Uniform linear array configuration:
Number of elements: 24
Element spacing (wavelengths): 1
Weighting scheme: blackman
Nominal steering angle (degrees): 15
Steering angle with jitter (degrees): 16.706
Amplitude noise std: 0.05
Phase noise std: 0.05

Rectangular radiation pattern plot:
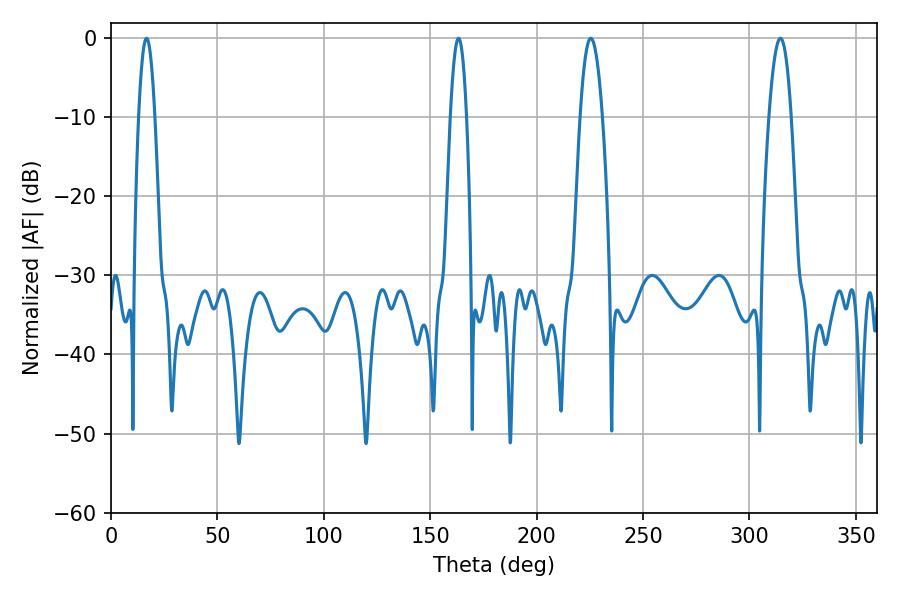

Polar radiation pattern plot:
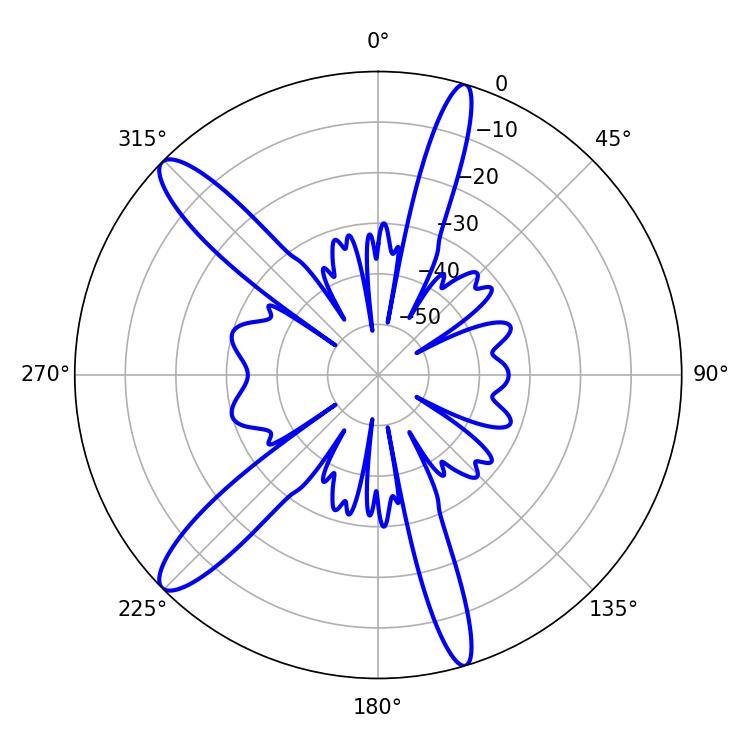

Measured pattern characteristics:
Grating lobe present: TRUE
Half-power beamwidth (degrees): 4.14
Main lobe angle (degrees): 16.74